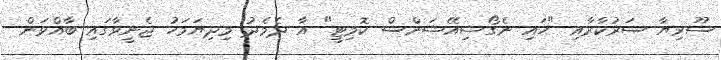
ސޫރިޔާ ސަރުކާރާއި "ހައި ނެގޯޝިއޭޝަންސް ކޮމިޓީ" އާ ދެމެދު މިދިޔަމަހު ޖެނީވާގައި ބާއްވަން